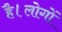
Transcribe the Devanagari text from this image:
है।लोगों